Indian journal of veterinary science and animal husbandry - Volume 2,
Year: 1932
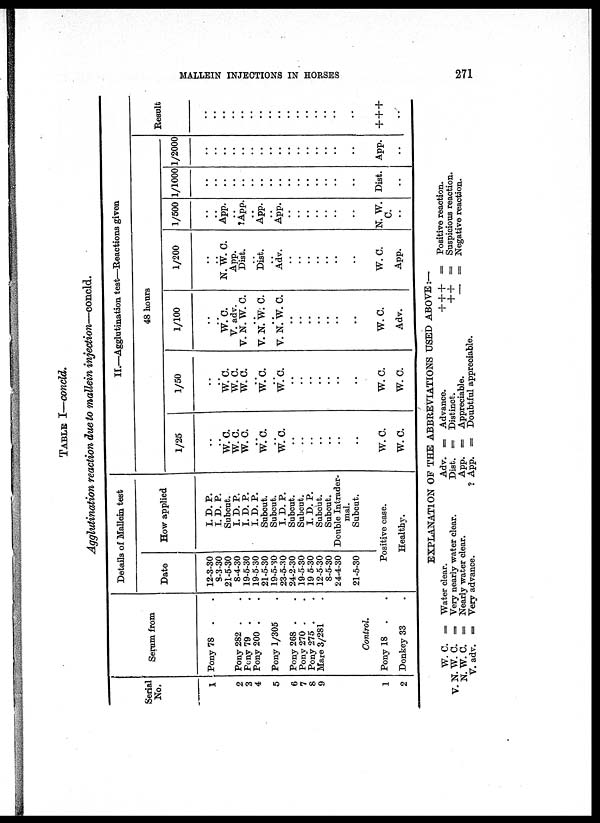
MALLEIN INJECTIONS IN HORSES
271
TABLE I—concld.
Agglutination reaction due to mallein injection—concld.
Serial
No.
1
2
3
4
5
6
7
8
9
1
2
Serum from
Pony 78
Pony 282 .
Pony 79 .
Pony 200 .
Pony 1/305
Pony 268 .
Pony 270 .
Pony 275 .
Mare 3/281
Control.
Pony 18 . .
Donkey 33.
Details of Mallein test
Date
12-3-30
8-3-30
21-5-30
8-4-30
19-5-30
19-5-30
21-5-30
19-5-30
23-5-30
24-2-30
19-5-30
19-5-30
12-5-30
8-5-30
24-4-30
21-5-30
How applied
I. D. P.
I. D. P.
Subcut.
I. D. P.
I. D. P.
I. D. P.
Subcut.
Subcut.
I. D. P.
Subcut.
Subcut.
I. D. P.
Subcut.
Subcut.
Double Intrader-
mal.
Subcut.
Positive case.
Healthy.
II.—Agglutination test—Reactions given
1/25
..
..
W. C.
W. C.
W. C.
..
W.C.
. .
W.C.
..
..
..
..
..
..
W.C.
W.C.
1/50
..
..
W.C.
W.C.
W.C.
..
W.C.
. .
W.C.
..
..
..
..
..
..
. .
W.C.
W.C.
48 hours
1/100
..
..
W.C.
V. adv.
V. N. W. C.
..
V. N. W. C.
. .
V. N. W. C.
..
..
..
..
..
..
W.C.
Adv.
1/200
..
..
N. W. C.
App.
Dist.
..
Dist.
.,
Adv.
..
..
..
..
..
..
W.C.
App.
1/500
..
..
App.
..
?App.
..
App.
App.
..
..
..
..
..
..
N. W.
C.
..
1/1000
..
..
..
.. ..
.. ..
... ..
..
..
..
..
..
..
..
..
..
Dist.
..
1/2000
..
..
..
.. ..
.. ..
.. ..
..
..
..
..
..
..
..
..
..
App.
..
Result
..
..
..
..
..
..
..
..
..
..
..
..
..
..
..
+++
..
EXPLANATION OF THE ABBREVIATIONS USED ABOVE :—
W.C. =
V. N. W. C. =
N. W. C. =
V. adv. =
Water clear.
Very nearly water clear.
Nearly water clear.
Very advance.
Adv. = Advance.
Dist. =
Distinct.
App. = Appreciable.
? App. = Doubtful appreciable.
+++ = Positive reaction.
++ = Suspicious reaction.
— = Negative reaction.